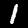
Label: 1